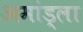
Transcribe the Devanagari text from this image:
अमांड्ला